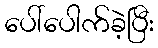
ပေါ်ပေါက်ခဲ့ပြီး